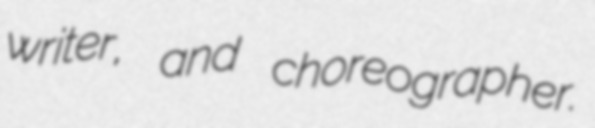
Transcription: writer, and choreographer.